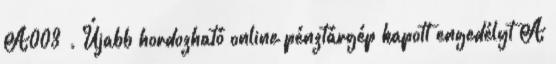
A003 . Újabb hordozható online pénztárgép kapott engedélyt A